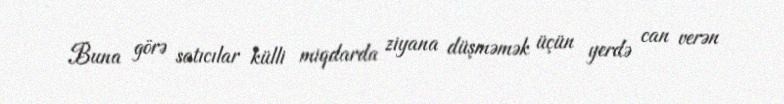
Buna görə satıcılar külli miqdarda ziyana düşməmək üçün yerdə can verən